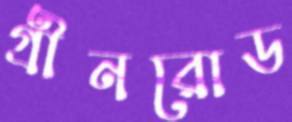
গ্রীনরোড